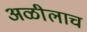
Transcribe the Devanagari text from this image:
अळीलाच